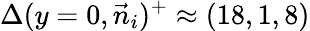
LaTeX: \Delta(y=0,\vec{n}_{i})^{+}\approx(18,1,8)